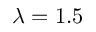
\lambda = 1 . 5